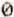
0